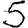
Digit: 5